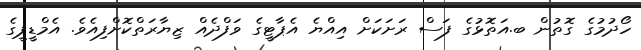
ހޯދުމުގެ ގޮތުން ބ.އަތޮޅުގެ ފަސް ރަށަކަށް އިއްޔެ އެޕާޓީގެ ވަފްދެއް ޒިޔާރަތްކޮށްފިއެވެ. އެމްޑީޕީގެ